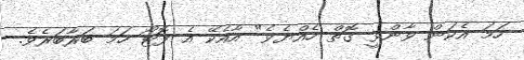
ހަމަ އެކަން ވާންވީ ގޮތް ހެއްޔެވެ" އާއެކޭ އެ ފޮޓޯ ހަމަ ބަރާބަރެވެ.